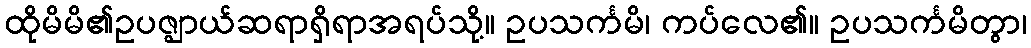
ထိုမိမိ၏ဥပဇ္ဈာယ်ဆရာရှိရာအရပ်သို့။ ဥပသင်္ကမိ၊ ကပ်လေ၏။ ဥပသင်္ကမိတွာ၊